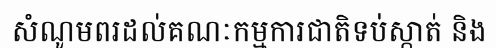
សំណូមពរដល់គណៈកម្មការជាតិទប់ស្កាត់ និង